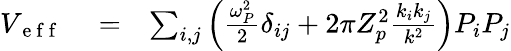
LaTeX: \begin{array}{rlr}{V_{\mathrm{~e~f~f~}}}&{{}=}&{\sum_{i,j}\left(\frac{\omega_{P}^{2}}{2}\delta_{ij}+2\pi Z_{p}^{2}\frac{k_{i}k_{j}}{k^{2}}\right)P_{i}P_{j}}\end{array}